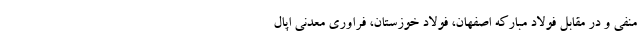
منفی و در مقابل فولاد مبارکه اصفهان، فولاد خوزستان، فراوری معدنی اپال